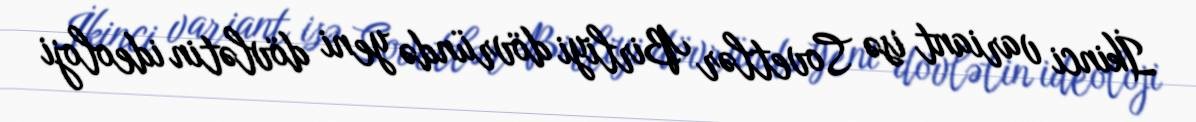
İkinci variant isə Sovetlər Birliyi dövründə yeni dövlətin ideoloji